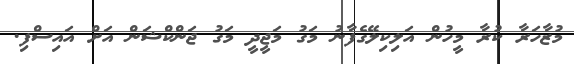
މުޒާހަރާ ކުރާ މީހުން އަލިކިލޭގެފާނު މަގު މަޖީދީ މަގު ޖަންކްޝަން އަށް އައިސްފި.